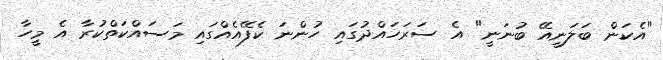
"އެކަން ބަލަނީއޭ ބުނަނީ" އެ ސަރަހައްދުގައި ހުންނަ ކެފޭއެއްގައި މަސައްކަތްކުރާ އެ މީހާ